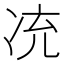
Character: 㓍